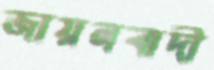
জায়নবাদী